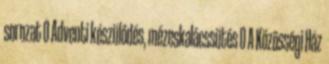
sorozat 0 Adventi készülődés, mézeskalácssütés 0 A Közösségi Ház